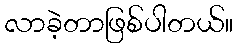
လာခဲ့တာဖြစ်ပါတယ်။